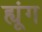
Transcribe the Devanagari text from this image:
ह्यूंग